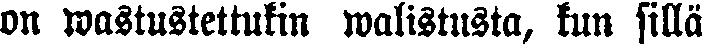
on wastustettukin walistusta, kun sillä